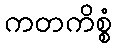
ကတကိစ္စံ